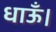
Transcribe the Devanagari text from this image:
धाऊँ।